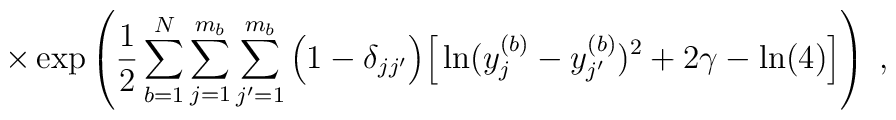
\times \exp \left( \frac{1}{2} \sum_{b=1}^N \sum_{j=1}^{m_b}\sum_{j^\prime=1}^{m_{b}}\Big(1- \delta_{j j^\prime} \Big)\Big[ \ln(y^{(b)}_j - y^{(b)}_{j^\prime})^2 + 2\gamma - \ln(4)\Big] \right) \; ,